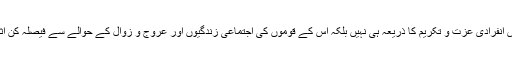
انہوں نے کہا کہ علم محض انفرادی عزت و تکریم کا ذریعہ ہی نہیں بلکہ اس کے قوموں کی اجتماعی زندگیوں اور عروج و زوال کے حوالے سے فیصلہ کن اثرات اور ثمرات ہوتے ہیں۔